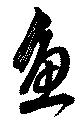
魚